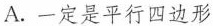
A.一定是平行四边形